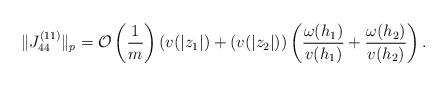
LaTeX: \begin{align*}\Vert J_{44}^{\left( 11\right) }\Vert _{p}=\mathcal{O}\left( \frac{1}{m}\right) (v(|z_{1}|)+(v(|z_{2}|))\left( \frac{\omega (h_{1})}{v(h_{1})}+\frac{\omega (h_{2})}{v(h_{2})}\right) . \end{align*}